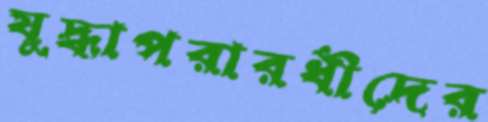
যুদ্ধাপরারধীদের